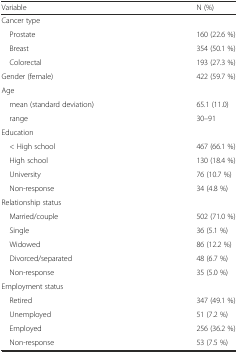
<table><thead><tr><td><b>Variable</b></td><td><b>N (%)</b></td></tr></thead><tbody><tr><td colspan="2">Cancer type</td></tr><tr><td> Prostate</td><td>160 (22.6 %)</td></tr><tr><td> Breast</td><td>354 (50.1 %)</td></tr><tr><td> Colorectal</td><td>193 (27.3 %)</td></tr><tr><td>Gender (female)</td><td>422 (59.7 %)</td></tr><tr><td colspan="2">Age</td></tr><tr><td> mean (standard deviation)</td><td>65.1 (11.0)</td></tr><tr><td> range</td><td>30–91</td></tr><tr><td>Education</td><td></td></tr><tr><td> &lt; High school</td><td>467 (66.1 %)</td></tr><tr><td> High school</td><td>130 (18.4 %)</td></tr><tr><td> University</td><td>76 (10.7 %)</td></tr><tr><td> Non-response</td><td>34 (4.8 %)</td></tr><tr><td colspan="2">Relationship status</td></tr><tr><td> Married/couple</td><td>502 (71.0 %)</td></tr><tr><td> Single</td><td>36 (5.1 %)</td></tr><tr><td> Widowed</td><td>86 (12.2 %)</td></tr><tr><td> Divorced/separated</td><td>48 (6.7 %)</td></tr><tr><td> Non-response</td><td>35 (5.0 %)</td></tr><tr><td colspan="2">Employment status</td></tr><tr><td> Retired</td><td>347 (49.1 %)</td></tr><tr><td> Unemployed</td><td>51 (7.2 %)</td></tr><tr><td> Employed</td><td>256 (36.2 %)</td></tr><tr><td> Non-response</td><td>53 (7.5 %)</td></tr></tbody></table>